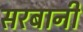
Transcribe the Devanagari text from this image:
सरबानी